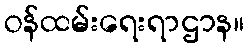
ဝန်ထမ်းရေးရာဌာန။